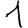
Digit: 1